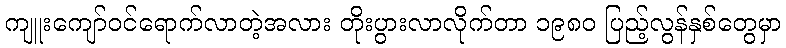
ကျူးကျော်ဝင်ရောက်လာတဲ့အလား တိုးပွားလာလိုက်တာ ၁၉၈၀ ပြည့်လွန်နှစ်တွေမှာ